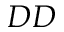
D D